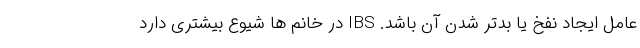
عامل ایجاد نفخ یا بدتر شدن آن باشد. IBS در خانم ها شیوع بیشتری دارد